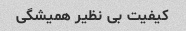
کیفیت بی نظیر همیشگی